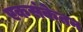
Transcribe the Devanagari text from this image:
एकसंकेतन